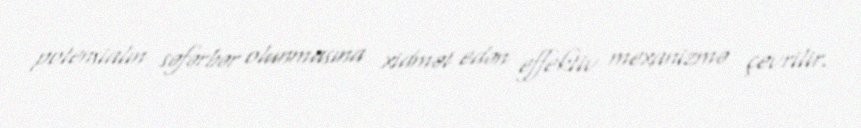
potensialın səfərbər olunmasına xidmət edən effektiv mexanizmə çevrilir.